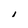
Character: l